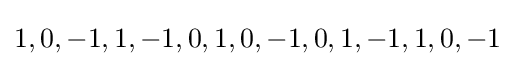
1,0,-1,1,-1,0,1,0,-1,0,1,-1,1,0,-1